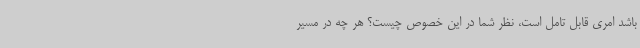
باشد امری قابل تامل است، نظر شما در این خصوص چیست؟ هر چه در مسیر